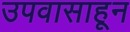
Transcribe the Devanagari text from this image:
उपवासाहून